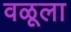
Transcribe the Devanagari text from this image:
वळूला